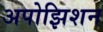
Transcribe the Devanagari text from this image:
अपोझिशन